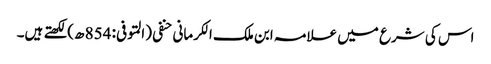
اس کی شرع میں علامہ ابن ملک الکرمانی حنفی (المتوفی: 854 ھ)لکھتے ہیں۔